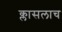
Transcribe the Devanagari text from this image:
क्लासलाच